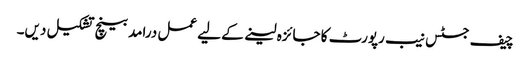
چیف جسٹس نیب رپورٹ کا جائزہ لینے کے لیے عمل درامد بینچ تشکیل دیں۔